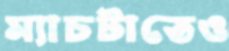
ম্যাচটাতেও